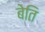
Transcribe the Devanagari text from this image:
बेति